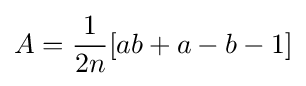
A={1 \over 2n}[ab+a-b-1]